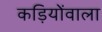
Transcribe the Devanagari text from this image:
कड़ियोंवाला